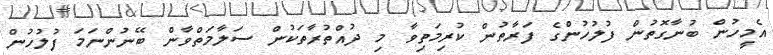
އެމީހުން ބުނާގޮތުން ފުލުހުންގެ ފަރާތުން ކުރިމަތިވާ މި ދުއްތުރާތަކުން ސަލާމަތްވާން ބޭނުންނަމަ ފުލުހުން